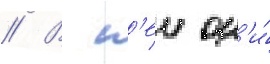
// В н'еи он'и́